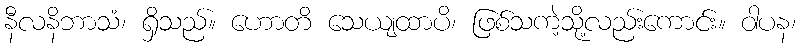
နီလနိဘာသံ၊ ရှိသည်။ ဟောတိ သေယျထာပိ၊ ဖြစ်သကဲ့သို့လည်းကောင်း။ ဝါပန၊